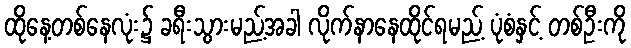
ထိုနေ့တစ်နေလုံး၌ ခရီးသွားမည့်အခါ လိုက်နာနေထိုင်ရမည့် ပုံစံနှင့် တစ်ဦးကို